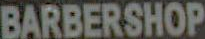
BARBERSHOP